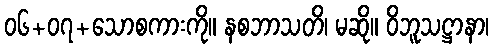
၀၆+၀၇+သောစကားကို။ နစဘာသတိ၊ မဆို။ ဝိဘူသဋ္ဌာနာ၊